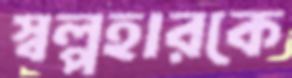
স্বল্পহারকে